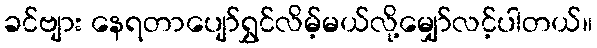
ခင်ဗျား နေရတာပျော်ရွှင်လိမ့်မယ်လို့မျှော်လင့်ပါတယ်။